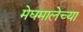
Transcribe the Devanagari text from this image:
मेघमालेच्या